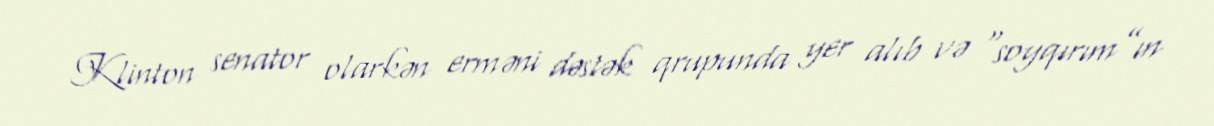
Klinton senator olarkən erməni dəstək qrupunda yer alıb və “soyqırım”ın